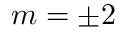
m = \pm 2